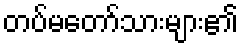
တပ်မတော်သားများ၏